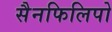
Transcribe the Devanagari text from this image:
सैनफिलिपो